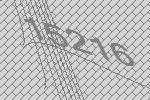
15216